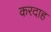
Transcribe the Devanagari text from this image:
करदाह